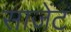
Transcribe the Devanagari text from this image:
साजेंट